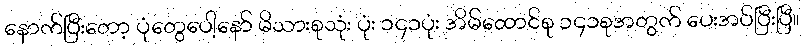
နောက်ပြီးတော့ ပုံတွေပေါ့နော် မိသားစုသုံး ပုံး ၁၄၁ပုံး အိမ်ထောင်စု ၁၄၁စုအတွက် ပေးအပ်ပြီးပြီ။